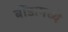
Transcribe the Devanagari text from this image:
बोंडामध्ये